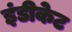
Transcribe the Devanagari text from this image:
इंडीकेट